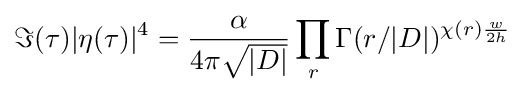
\Im (\tau )|\eta (\tau )|^{4}={\frac {\alpha }{4\pi {\sqrt {|D|}}}}\prod _{r}\Gamma (r/|D|)^{\chi (r){\frac {w}{2h}}}